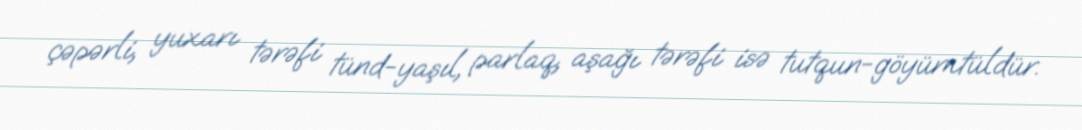
çəpərli, yuxarı tərəfi tünd-yaşıl, parlaq, aşağı tərəfi isə tutqun-göyümtüldür.